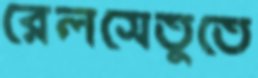
রেলসেতুতে